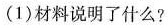
(1)材料说明了什么?